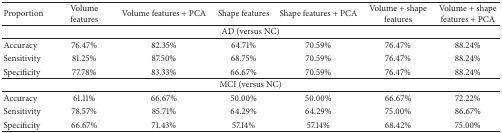
<table><thead><tr><td><b>Proportion</b></td><td><b>Volumefeatures</b></td><td><b>Volume features + PCA</b></td><td><b>Shape features</b></td><td><b>Shape features + PCA</b></td><td><b>Volume + shape features</b></td><td><b>Volume + shape features + PCA</b></td></tr></thead><tbody><tr><td colspan="7">AD (versus NC)</td></tr><tr><td>Accuracy</td><td>76.47%</td><td>82.35%</td><td>64.71%</td><td>70.59%</td><td>76.47%</td><td>88.24%</td></tr><tr><td>Sensitivity</td><td>81.25%</td><td>87.50%</td><td>68.75%</td><td>70.59%</td><td>76.47%</td><td>88.24%</td></tr><tr><td>Specificity</td><td>77.78%</td><td>83.33%</td><td>66.67%</td><td>70.59%</td><td>76.47%</td><td>88.24%</td></tr><tr><td colspan="7">MCI (versus NC)</td></tr><tr><td>Accuracy</td><td>61.11%</td><td>66.67%</td><td>50.00%</td><td>50.00%</td><td>66.67%</td><td>72.22%</td></tr><tr><td>Sensitivity</td><td>78.57%</td><td>85.71%</td><td>64.29%</td><td>64.29%</td><td>75.00%</td><td>86.67%</td></tr><tr><td>Specificity</td><td>66.67%</td><td>71.43%</td><td>57.14%</td><td>57.14%</td><td>68.42%</td><td>75.00%</td></tr></tbody></table>